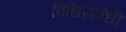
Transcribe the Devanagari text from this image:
विधिसंबंधी